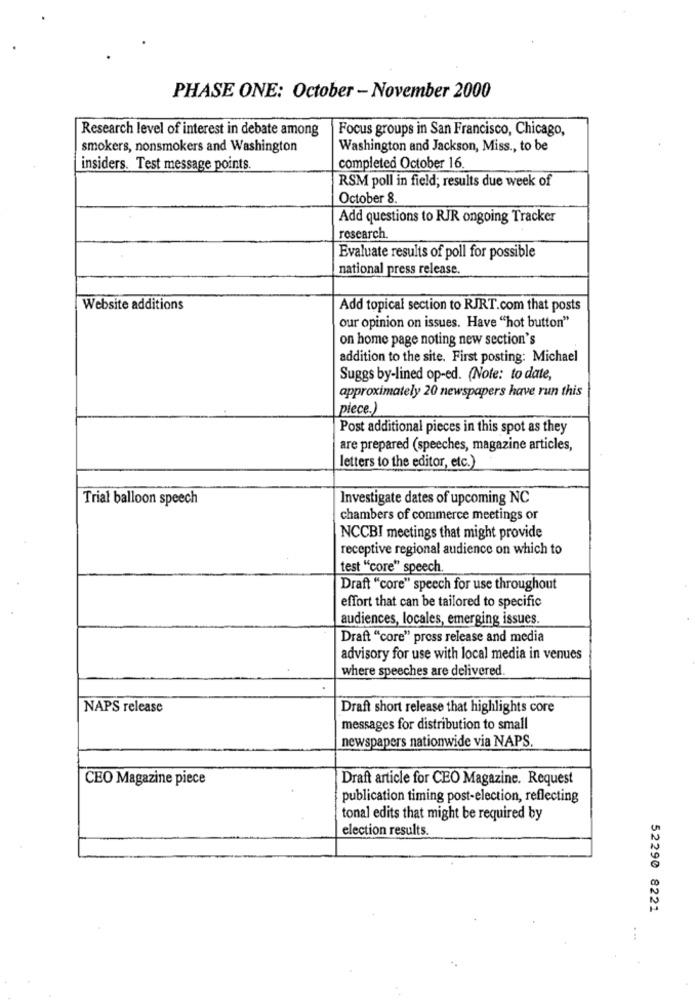
PHASE ONE: October - November 2000
Research level of interest in debate among
Focus groups in San Francisco, Chicago,
smokers, nonsmokers and Washington
Washington and Jackson, Miss ., to be
insiders. Test message points.
completed October 16
RSM poll in field; results due week of
October 8.
Add questions to RIR ongoing Tracker
research.
Evaluate results of poll for possible
national press release.
Website additions
Add topical section to RJRT.com that posts
our opinion on issues. Have "hot button"
on home page noting new section's
addition to the site. First posting: Michael
Suggs by-lined op-ed. (Note: to date,
approximately 20 newspapers have run this
piece.)
Post additional pieces in this spot as they
are prepared (speeches, magazine articles,
letters to the editor, etc.)
Trial balloon speech
Investigate dates of upcoming NC
chambers of commerce meetings or
NCCBI meetings that might provide
receptive regional audience on which to
test "core" speech.
Draft "core" speech for use throughout
effort that can be tailored to specific
audiences, locales, emerging issues.
Draft "core" press release and media
advisory for use with local media in venues
where speeches are delivered.
NAPS release
Draft short release that highlights core
messages for distribution to small
newspapers nationwide via NAPS.
CEO Magazine piece
Draft article for CEO Magazine. Request
publication timing post-election, reflecting
tonal edits that might be required by
election results.
52290 8221
. ..